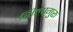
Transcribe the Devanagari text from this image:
शिल्पगुरु